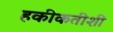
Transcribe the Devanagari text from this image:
हकीकतीशी